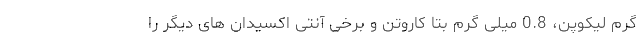
گرم لیکوپن، 0.8 میلی گرم بتا کاروتن و برخی آنتی اکسیدان های دیگر را